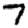
Digit: 7